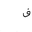
Letter: _fa